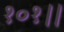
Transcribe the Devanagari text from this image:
१०१।।